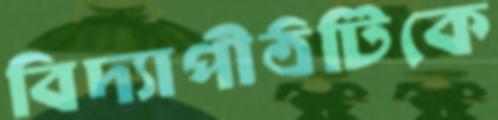
বিদ্যাপীঠটিকে